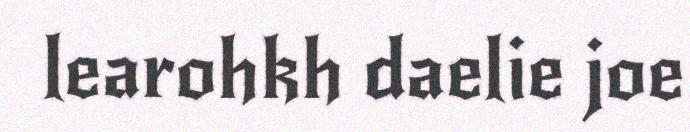
learohkh daelie joe